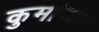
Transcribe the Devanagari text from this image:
कुमांजी